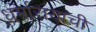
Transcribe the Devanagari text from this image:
धर्मारायाची